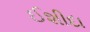
ઈશીદા